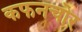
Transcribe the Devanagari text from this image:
कफनचोर